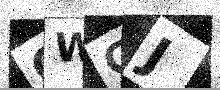
Text: GWGJ